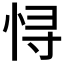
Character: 𱞕